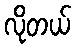
လိုတယ်